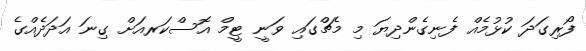
ފޯރިގަދަ ކުޅުމެއް ފެނިގެންދިޔަ މި މެޗްގައި ވަނީ ޓީމް އޮސްކަރއަށް ގިނަ އަދަދެއްގެ